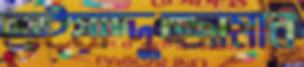
ছাইয়াদ্দুজ্জামান